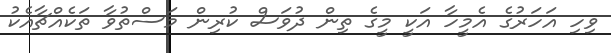
ވިހި އަހަރުގެ އެމީހާ އަކީ މީގެ ތިން ދުވަސް ކުރިން މަސްތުވާ ތަކެއްޗާއެކު